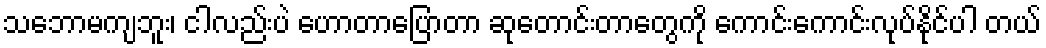
သဘောမကျဘူး၊ ငါလည်းပဲ ဟောတာပြောတာ ဆုတောင်းတာတွေကို ကောင်းကောင်းလုပ်နိုင်ပါ တယ်